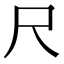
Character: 尺